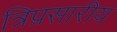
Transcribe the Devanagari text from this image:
त्रिप्रसारीय